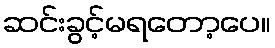
ဆင်းခွင့်မရတော့ပေ။